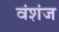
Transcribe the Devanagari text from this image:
वंशंज